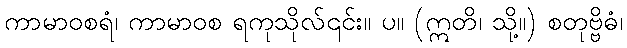
ကာမာဝစရံ၊ ကာမာဝစ ရကုသိုလ်၎င်း။ ပ။ (ဣတိ၊ သို့။) စတုဗ္ဗိဓံ၊